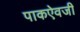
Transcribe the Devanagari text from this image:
पाकऐवजी